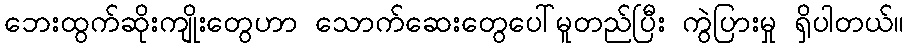
ဘေးထွက်ဆိုးကျိုးတွေဟာ သောက်ဆေးတွေပေါ်မူတည်ပြီး ကွဲပြားမှု ရှိပါတယ်။